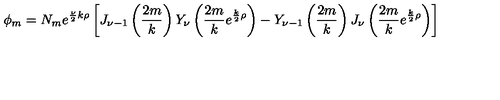
\phi _ { m } = N _ { m } e ^ { { \frac { \nu } { 2 } } k \rho } \left[ J _ { \nu - 1 } \left( { \frac { 2 m } { k } } \right) Y _ { \nu } \left( { \frac { 2 m } { k } } e ^ { { \frac { k } { 2 } } \rho } \right) - Y _ { \nu - 1 } \left( { \frac { 2 m } { k } } \right) J _ { \nu } \left( { \frac { 2 m } { k } } e ^ { { \frac { k } { 2 } } \rho } \right) \right]